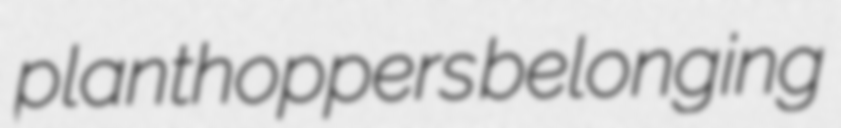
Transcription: planthoppers belonging